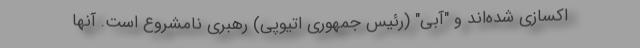
اکسازی شده‌اند و "آبی" (رئیس جمهوری اتیوپی) رهبری نامشروع است. آنها